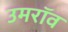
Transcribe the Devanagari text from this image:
उमरॉव